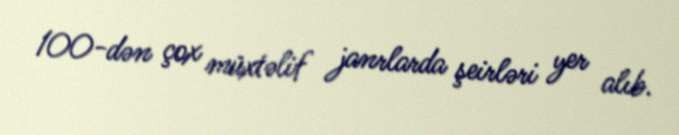
100-dən çox müxtəlif janrlarda şeirləri yer alıb.